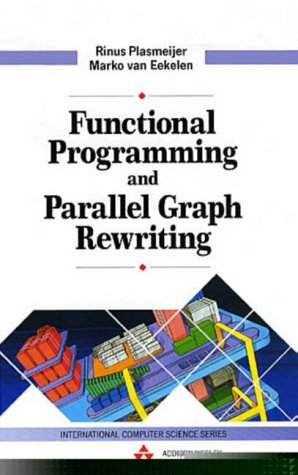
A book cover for Functional Programming and Parallel Graph Rewriting (International Computer Science Series); M. J. Plasmeijer; Computers & Technology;